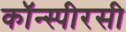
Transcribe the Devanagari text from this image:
कॉन्स्पीरसी